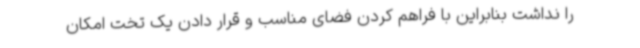
را نداشت بنابراین با فراهم کردن فضای مناسب و قرار دادن یک تخت امکان